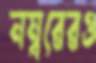
নম্বরেরও